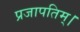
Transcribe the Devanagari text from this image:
प्रजापतिम्।